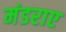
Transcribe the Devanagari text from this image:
मंडराए